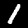
Label: 1